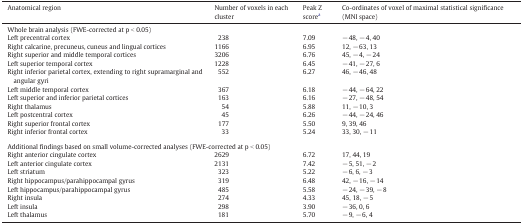
| Anatomical region | Number of voxels in each cluster | Peak Z scorea | Co-ordinates of voxel of maximal statistical significance (MNI space) |
 | --- | --- | --- | --- |
 | <COLSPAN=4> Whole brain analysis (FWE-corrected at p < 0.05) |
 | Left precentral cortex | 238 | 7.09 | − 48, − 4, 40 |
 | Right calcarine, precuneus, cuneus and lingual cortices | 1166 | 6.95 | 12, − 63, 13 |
 | Right superior and middle temporal cortices | 3206 | 6.76 | 45, − 4, − 24 |
 | Left superior temporal cortex | 1228 | 6.45 | − 41, − 27, 6 |
 | Right inferior parietal cortex, extending to right supramarginal and angular gyri | 552 | 6.27 | 46, − 46, 48 |
 | Left middle temporal cortex | 367 | 6.18 | − 44, − 64, 22 |
 | Left superior and inferior parietal cortices | 163 | 6.16 | − 27, − 48, 54 |
 | Right thalamus | 54 | 5.88 | 11, − 10, 3 |
 | Left postcentral cortex | 45 | 6.26 | − 44, − 24, 46 |
 | Right superior frontal cortex | 177 | 5.50 | 9, 39, 46 |
 | Right inferior frontal cortex | 33 | 5.24 | 33, 30, − 11 |
 | <COLSPAN=4>  |
 | <COLSPAN=4> Additional findings based on small volume-corrected analyses (FWE-corrected at p < 0.05) |
 | Right anterior cingulate cortex | 2629 | 6.72 | 17, 44, 19 |
 | Left anterior cingulate cortex | 2131 | 7.42 | − 5, 51, − 2 |
 | Left striatum | 323 | 5.22 | − 6, 6, − 3 |
 | Right hippocampus/parahippocampal gyrus | 319 | 6.48 | 42, − 16, − 14 |
 | Left hippocampus/parahippocampal gyrus | 485 | 5.58 | − 24, − 39, − 8 |
 | Right insula | 274 | 4.33 | 45, 18, − 5 |
 | Left insula | 298 | 3.90 | − 36, 0, 6 |
 | Left thalamus | 181 | 5.70 | − 9, − 6, 4 |